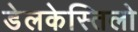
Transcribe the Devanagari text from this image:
डेलकेस्तिलो